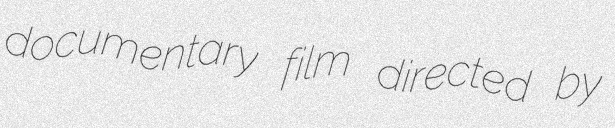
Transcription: documentary film directed by